Indian journal of veterinary science and animal husbandry - Volume 9,
Year: 1939
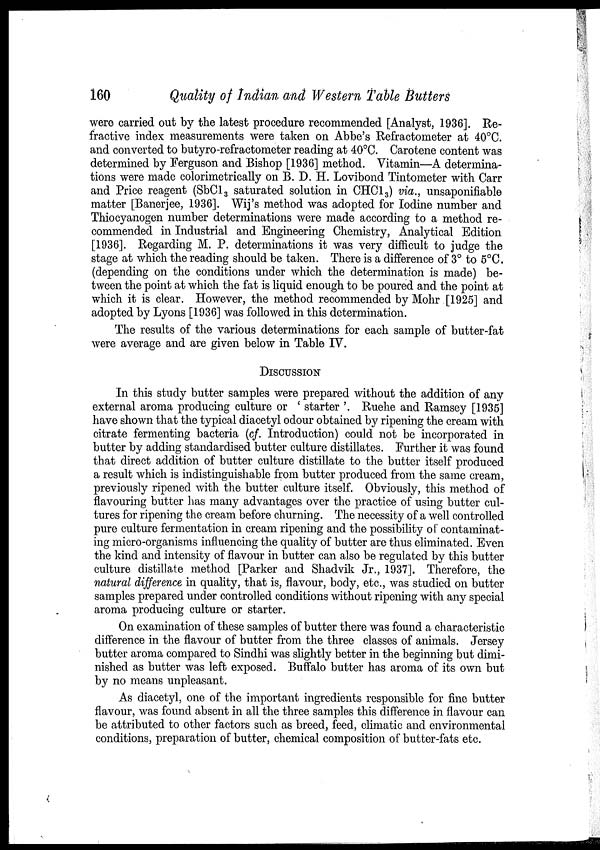
160
Quality of Indian and Western Table Butters
were carried out by the latest procedure recommended [Analyst, 1936]. Re-
fractive index measurements were taken on Abbe's Refractometer at 40°C.
and converted to butyro-refractometer reading at 40°C. Carotene content was
determined by Ferguson and Bishop [1936] method. Vitamin—A determina-
tions were made colorimetrically on B. D. H. Lovibond Tintometer with Carr
and Price reagent (SbCl 3 saturated solution in CHC1 3 ) via., unsaponifiable
matter [Banerjee, 1936]. Wij's method was adopted for Iodine number and
Thiocyanogen number determinations were made according to a method re-
commended in Industrial and Engineering Chemistry, Analytical Edition
[1936]. Regarding M. P. determinations it was very difficult to judge the
stage at which the reading should be taken. There is a difference of 3° to 5°C.
(depending on the conditions under which the determination is made) be-
tween the point at which the fat is liquid enough to be poured and the point at
which it is clear. However, the method recommended by Mohr [1925] and
adopted by Lyons [1936] was followed in this determination.
The results of the various determinations for each sample of butter-fat
were average and are given below in Table IV.
DISCUSSION
In this study butter samples were prepared without the addition of any
external aroma producing culture or ' starter '. Ruehe and Ramsey [1935]
have shown that the typical diacetyl odour obtained by ripening the cream with
citrate fermenting bacteria (cf. Introduction) could not be incorporated in
butter by adding standardised butter culture distillates. Further it was found
that direct addition of butter culture distillate to the butter itself produced
a result which is indistinguishable from butter produced from the same cream,
previously ripened with the butter culture itself. Obviously, this method of
flavouring butter has many advantages over the practice of using butter cul-
tures for ripening the cream before churning. The necessity of a well controlled
pure culture fermentation in cream ripening and the possibility of contaminat-
ing micro-organisms influencing the quality of butter are thus eliminated. Even
the kind and intensity of flavour in butter can also be regulated by this butter
culture distillate method [Parker and Shadvik Jr., 1937]. Therefore, the
natural difference in quality, that is, flavour, body, etc., was studied on butter
samples prepared under controlled conditions without ripening with any special
aroma producing culture or starter.
On examination of these samples of butter there was found a characteristic
difference in the flavour of butter from the three classes of animals. Jersey
butter aroma compared to Sindhi was slightly better in the beginning but dimi-
nished as butter was left exposed. Buffalo butter has aroma of its own but
by no means unpleasant.
As diacetyl, one of the important ingredients responsible for fine butter
flavour, was found absent in all the three samples this difference in flavour can
be attributed to other factors such as breed, feed, climatic and environmental
conditions, preparation of butter, chemical composition of butter-fats etc.